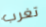
تغرب